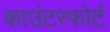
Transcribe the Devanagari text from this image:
काउंटरफोर्ट